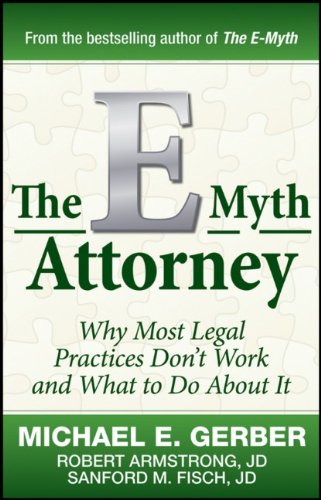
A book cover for The E-Myth Attorney: Why Most Legal Practices Don't Work and What to Do About It; Michael E. Gerber; Law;